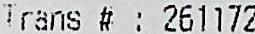
TRANS #: 261172